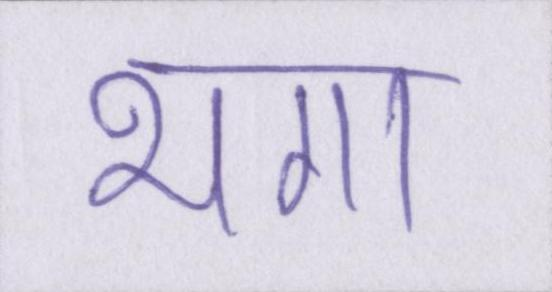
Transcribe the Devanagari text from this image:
भगा